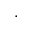
,